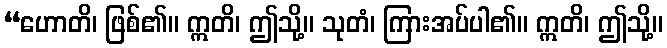
“ဟောတိ၊ ဖြစ်၏။ ဣတိ၊ ဤသို့။ သုတံ၊ ကြားအပ်ပါ၏။ ဣတိ၊ ဤသို့။